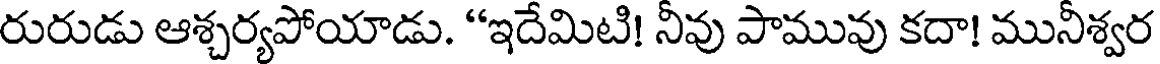
రురుడు ఆశ్చర్యపోయాడు. "ఇదేమిటి! నీవు పామువు కదా! మునీశ్వర